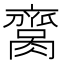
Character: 𦠕